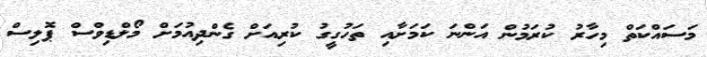
މަސައްކަތް މިހާރު ކުރަމުން އަންނަ ކަމަށާއި ތަހުގީގު ކުރިއަށް ގެންދިއުމަށް މޯލްޑިވްސް ޕޮލިސް